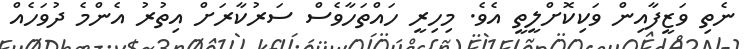
ނެތި ވަޒީފާއިން ވަކިކޮށްލީތީ އެވެ. މިހިރީ ހައްތަހާވެސް ސަރުކާރަށް އިތުރު އެންމެ ދުވަހެއް